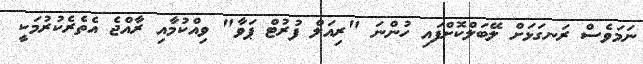
ނަމަވެސް ރަނގަޅަށް ލޭބަލްކޮށްފައި ހުންނަ "ރިއަލް ފުރުޓް ޕަވާ" ވިއްކުމާއި ރާއްޖެ އެތެރެކުރުމަކީ